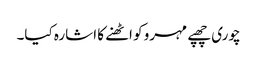
چوری چھپے مہرو کو اٹھنے کا اشارہ کیا۔